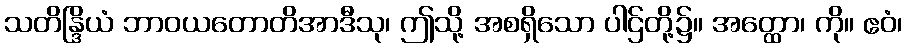
သတိန္ဒြိယံ ဘာဝယတောတိအာဒီသု၊ ဤသို့ အစရှိသော ပါဌ်တို့၌။ အတ္ထော၊ ကို။ ဧဝံ၊